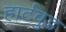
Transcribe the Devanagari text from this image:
हार्टवुड